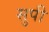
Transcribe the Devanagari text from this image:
सुपी